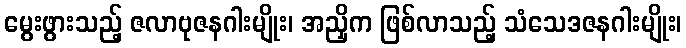
မွေးဖွားသည့် ဇလာဗုဇနဂါးမျိုး၊ အညှိက ဖြစ်လာသည့် သံသေဒဇနဂါးမျိုး၊